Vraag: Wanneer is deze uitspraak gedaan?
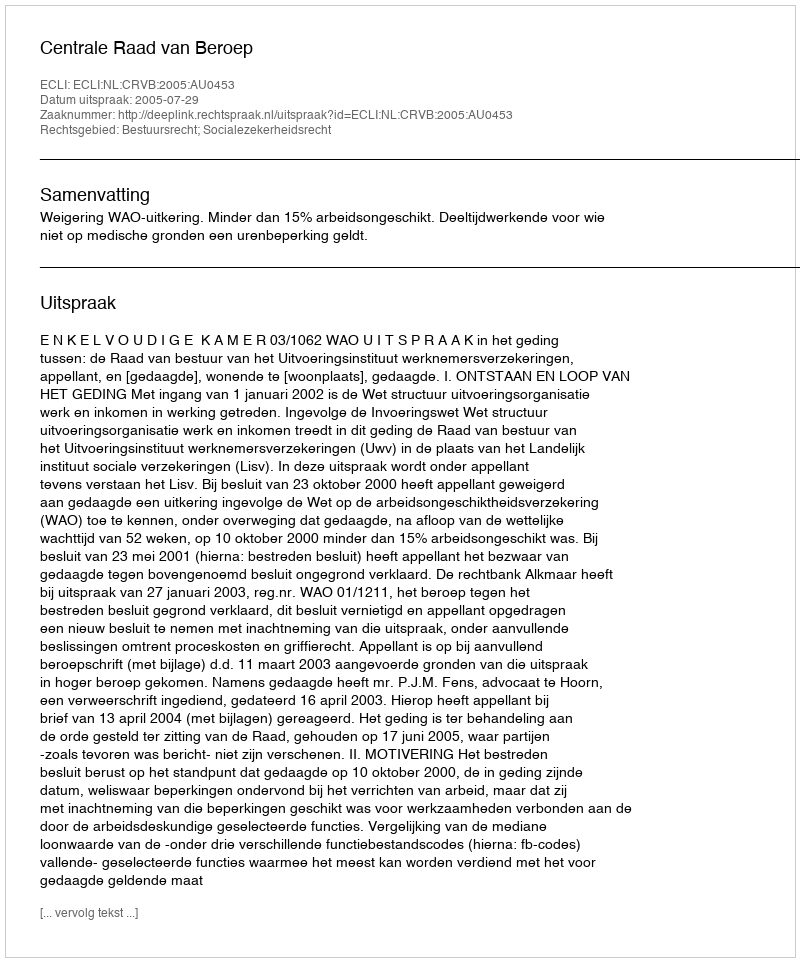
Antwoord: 2005-07-29